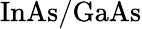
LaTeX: \mathrm{InAs}/\mathrm{GaAs}